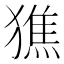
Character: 㺘